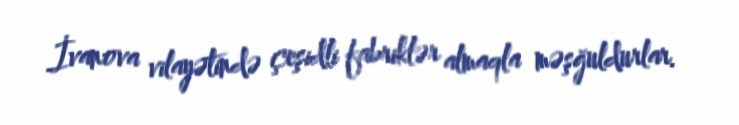
İvanova vilayətində çeşidli fabriklər almaqla məşğuldurlar.